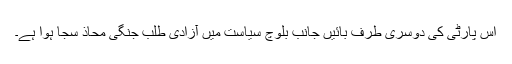
اُس پارٹی کی دوسری طرف بائیں جانب بلوچ سیاست میں آزادی طلب جنگی محاذ سجا ہوا ہے۔